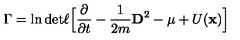
\Gamma = \ln \mathrm { d e t } \ell \Big \lbrack \frac { \partial } { \partial t } - \frac { 1 } { 2 m } { \bf D } ^ { 2 } - \mu + U ( { \bf x } ) \Big \rbrack